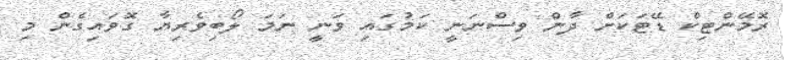
ރޮމޭންޓިކް ޑޭޓަކަށް ދާން ވިސްނަނީ ކަމުގައި ވަނީ ނަމަ ލޯބިވެރިޔާ ގޮވައިގެން މި